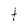
Character: t